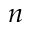
n